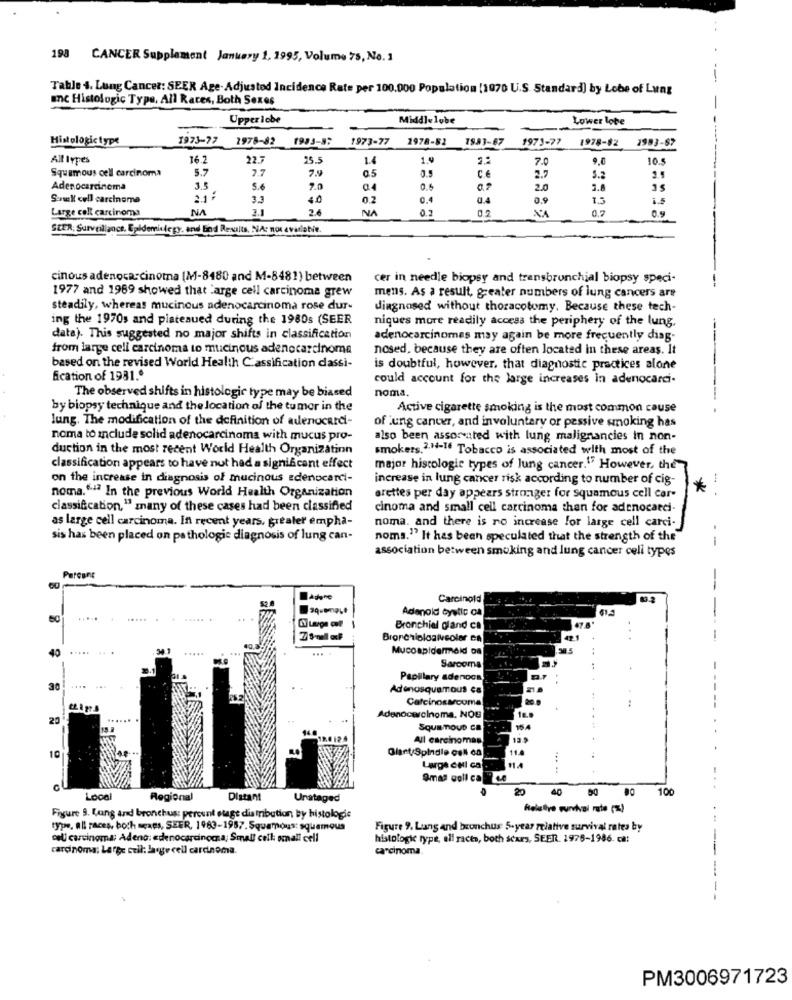
198 CANCER Supplement January 1, 1995, Volume 75, No. 1
Table 4. Lung Cancer: SEER Age- Adjusted Incidence Rate per 100.000 Population [1970 U.S. Standard) by Lobe of Lung
ac Histologic Type, All Races, Both Sexes
Upper lobe
Middlelube
Lower lobe
Histologictype
1973-77 2978-82
1983-8:
1973-77
1978-82
79.83-67
1973-77
1978-82
1983-67
All Irpes
16.7
22.7
25.5
1.4
1.9
2.2
7.0
9,0
10.5
Squamous cell carcinoma
5.7
2.7
CE
2.7
5.2
Adenocarcinoma
3.5
5.6
7.0
@4
0.5
07
2.0
3.8
Senult cell carcinoma
21:
3.3
4.0
0.2
0.4
0.4
0.9
1.5
Large cell carcinoma
NA
2.6
NA
0.
NA
0.9
31
0.7
SEER, Surveillance, Epidemintegy, and End Results, NA: nos avariable.
cinous adenocarcinoma (M-8480 and M-8481) between
cer in needle biopsy and transbronchial biopsy speci-
1977 and 1969 showed that large cell carcinoma grew
mens. As a result, greater numbers of lung cancers are
--
steadily, whereas mucinous adenocarcinoma rose dur-
diagnosed without thoracotomy, Because these tech-
ing the 1970s and plateaued during the 1980s (SEER
niques more readily accesa the periphery of the lung.
date). This suggested no major shifts in classification
adenocarcinomas may again be more frequently diag-
from large cell carcinoma to mucinous adenocarcinoma
nosed, because they are often located in these areas. It
based on the revised World Health C'assification dassi-
is doubtful, however, that diagnostic practices alone
fication of 1981.º
could account for the large increases in adenocarci.
noma.
The observed shifts in histologic type may be biased
by biopsy technique and the location of the tumor in the
Active cigarette smoking is the most common cause
lung. The modification of the definition of adenocard-
of lung cancer, and involuntary or pessive smoking has
noma to Include solid adenocarcinoma with mucus pro-
also been assor ated with lung malignancies in non-
duction in the most recent World Health Organization
smokers.2.14-16 Tobacco is associated with most of the
classification appears to have not had a significant effect
major histologie types of lung cancer." However, the
on the increase in diagnosis of mucinous zdenocarci-
increase in lung cancer risk according to number of cig-
*
noma.""ª In the previous World Health Organization
arettes per day appears stronger for squamous cell car-
classification," many of these cases had been classified
cinoma and small cell carcinoma then for adenocarci-
as large cell carcinoma. In recent years, grealer empha-
noma. and there is no increase for large cell carci-
sis has been placed on pathologic diagnosis of lung can-
noms."" It has been speculated that the strength of the
--
association between smoking and lung cancer cell types
Percane
--
Carcinold
1.2
Adenold cystic ca
Bronchial gland ca
Brorcrioloalveoler en
...
40
....
Mucoapidermoid Da
Sarcoma
Papillary adenoca
30
Adenosquamous ca
Calcinosarcoma
--
1 ...
20
.......
Adenocarcinoma, NOG
SQUE TOUD CB
154
..
All carcinomas
13.9
10
Glart/Spindle call ca
11.4
11.4
...
Large CHl ca
Smas coll call ce
20
40 90
100
...
Local
Regional
Distant
Unataged
felliye survival rate (%)
Figure 9. Lung and bronchus: percent etage distribution by histologic
type, all races, both saes, SEER, 1983-1987. Squamous: squamous
Figure 9. Lang and bronchus 5-year relative survival rates by
cell carcinoma: Adeno: adenocarcinoma; Small cell: small cell
histologic type, ali racto, both scars, SEER. 1978-1986. ca:
carcinoma; Large cuil: large cell carcinoma.
carcinoma.
-----
PM3006971723